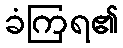
ခံကြရ၏